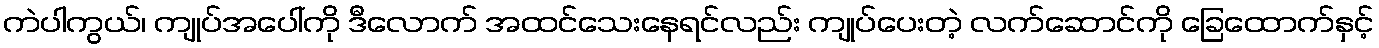
ကဲပါကွယ်၊ ကျုပ်အပေါ်ကို ဒီလောက် အထင်သေးနေရင်လည်း ကျုပ်ပေးတဲ့ လက်ဆောင်ကို ခြေထောက်နှင့်